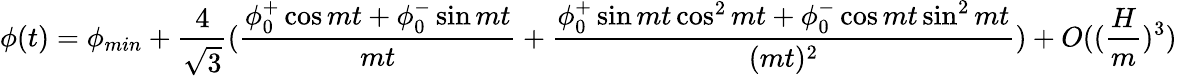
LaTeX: \phi(t)=\phi_{min}+\frac{4}{\sqrt{3}}(\frac{\phi_{0}^{+}\cos{mt}+\phi_{0}^{-}\sin{mt}}{mt}+\frac{\phi_{0}^{+}\sin{mt}\cos^{2}{mt}+\phi_{0}^{-}\cos{mt}\sin^{2}{mt}}{(mt)^{2}})+O((\frac{H}{m})^{3})